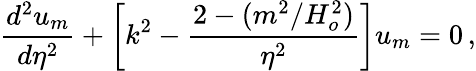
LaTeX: {\frac{d^{2}u_{m}}{d\eta^{2}}}+\left[k^{2}-{\frac{2-(m^{2}/H_{o}^{2})}{\eta^{2}}}\right]u_{m}=0\, ,